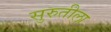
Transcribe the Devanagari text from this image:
सुरुतीला